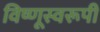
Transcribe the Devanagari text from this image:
विष्णूस्वरूपी